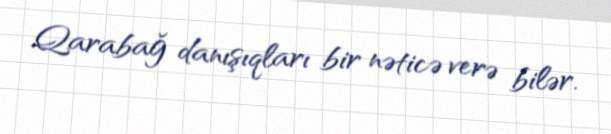
Qarabağ danışıqları bir nəticə verə bilər.